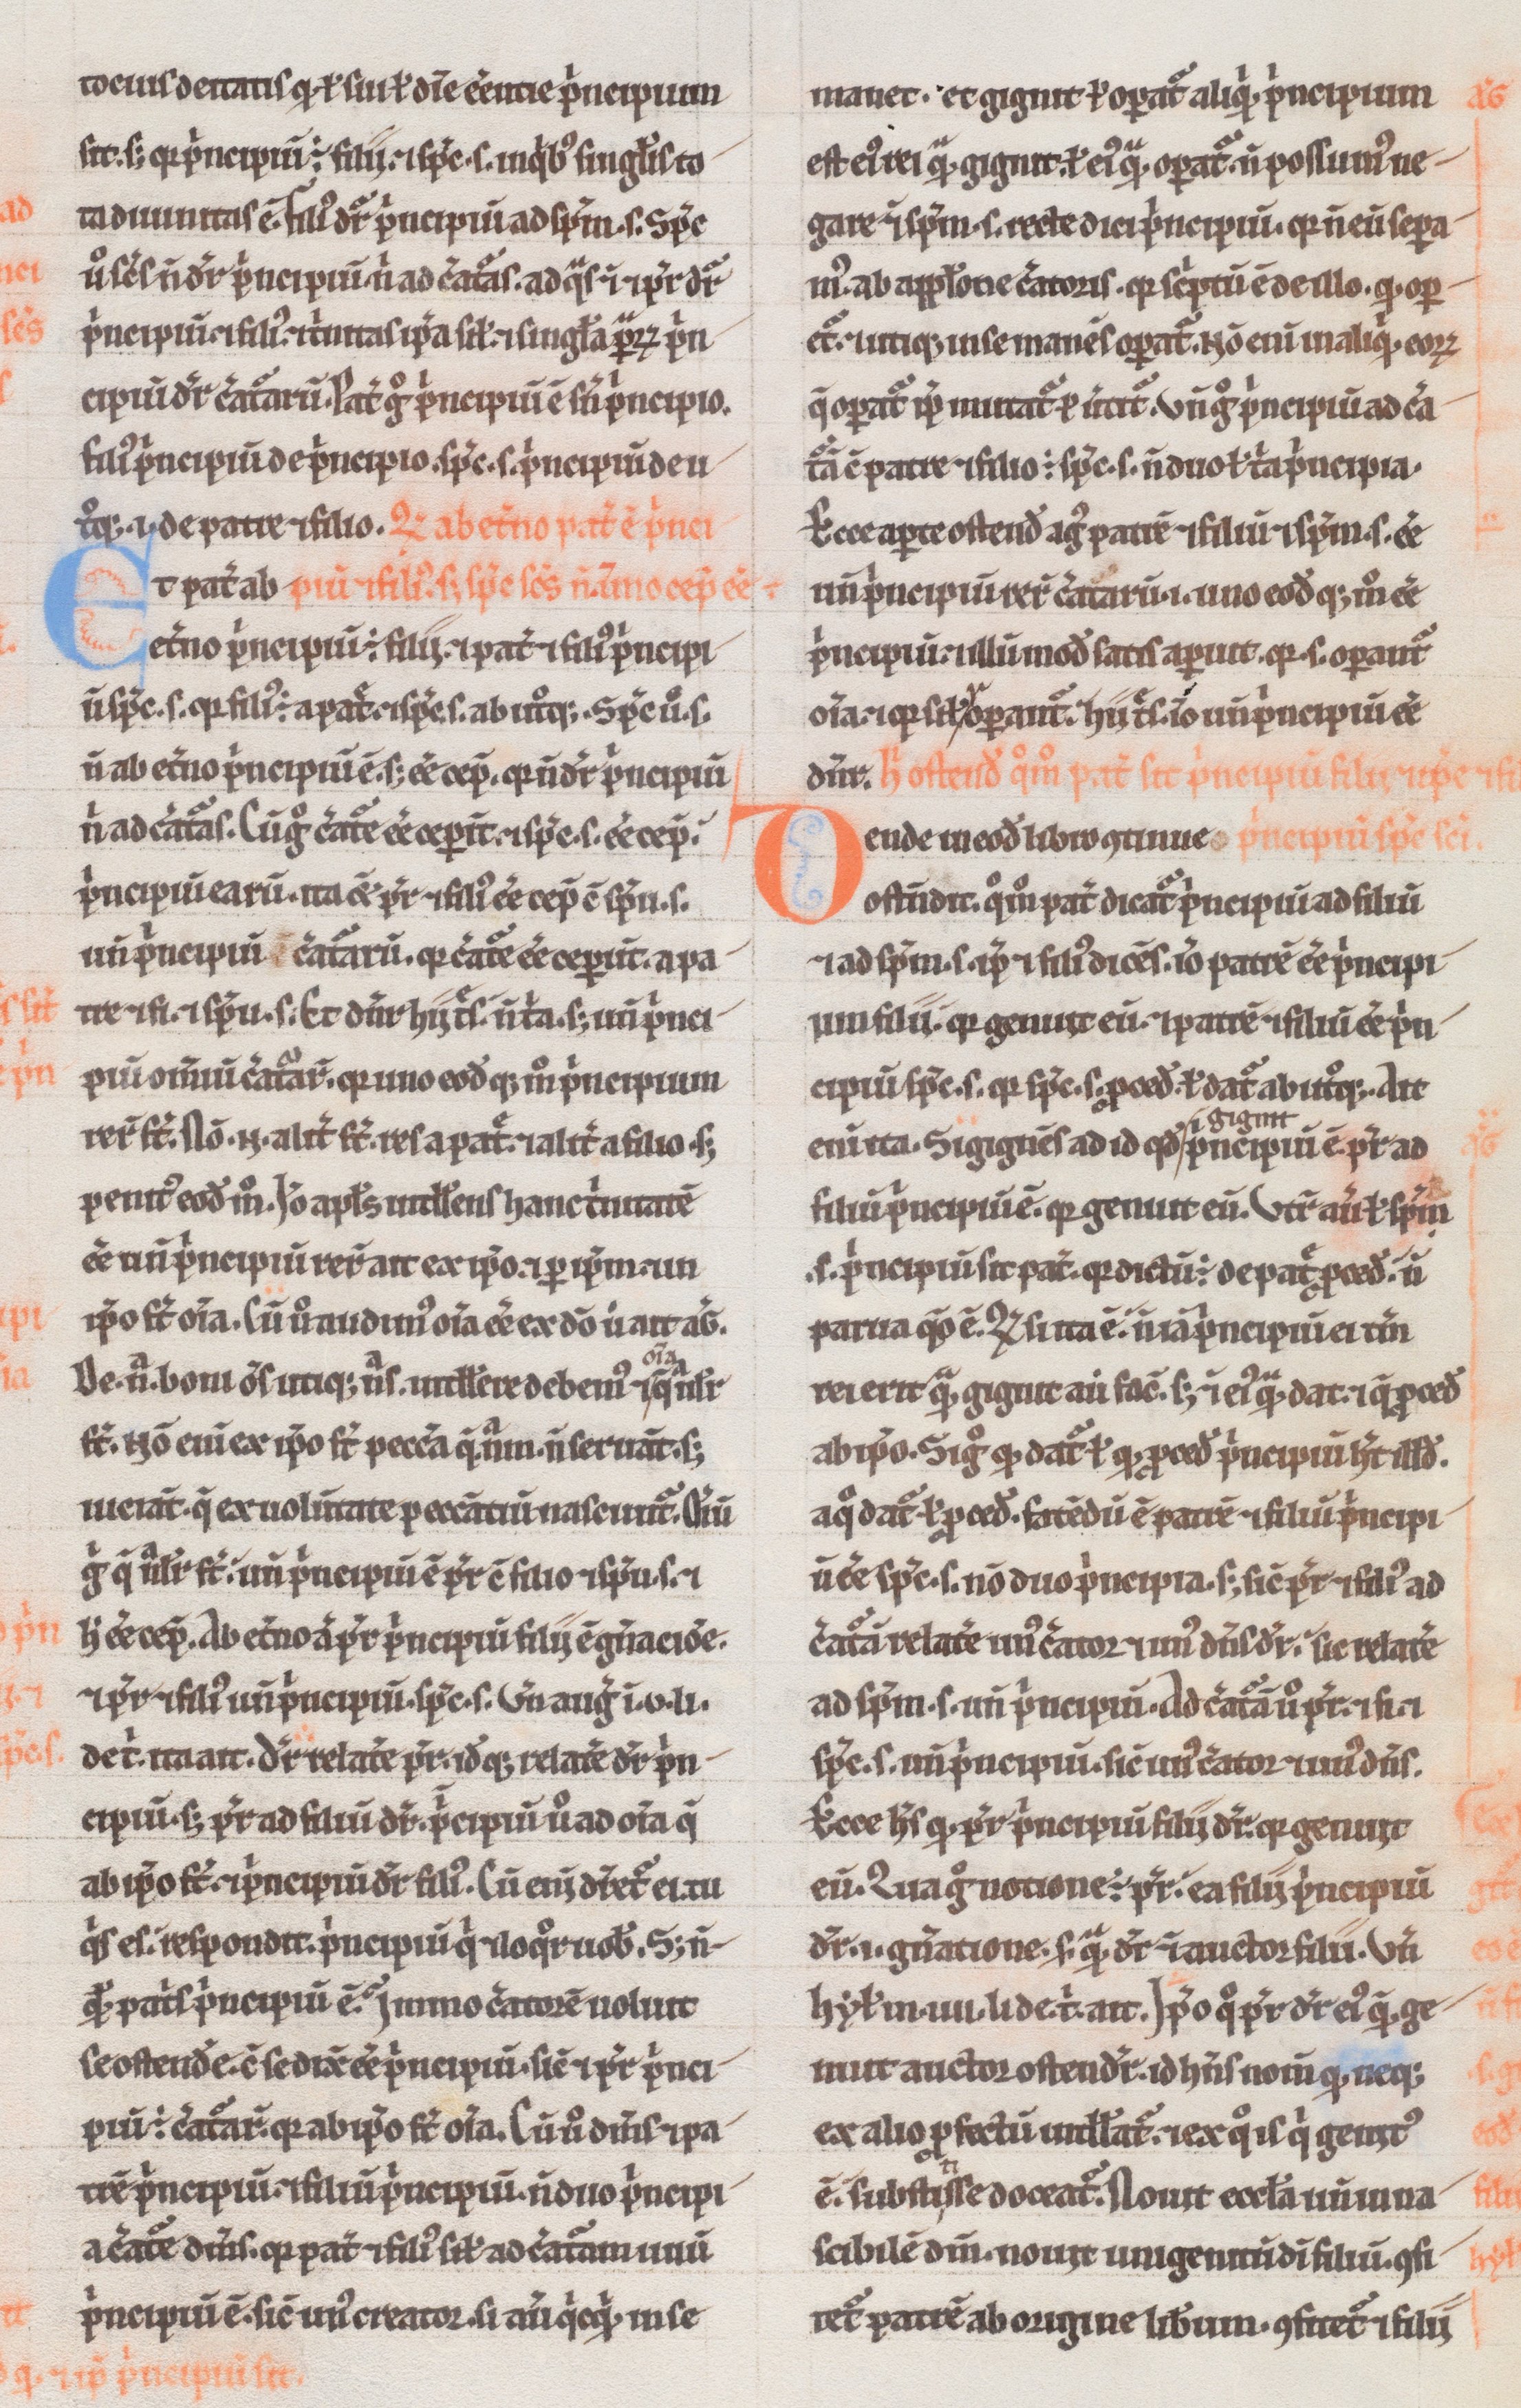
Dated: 1180–1190